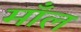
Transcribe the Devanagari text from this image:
माँल